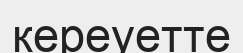
кереуетте